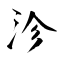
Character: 沴